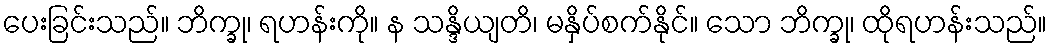
ပေးခြင်းသည်။ ဘိက္ခု၊ ရဟန်းကို။ န သန္ဒိယျတိ၊ မနှိပ်စက်နိုင်။ သော ဘိက္ခု၊ ထိုရဟန်းသည်။